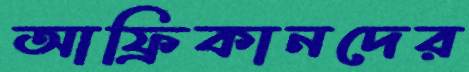
আফ্রিকানদের